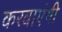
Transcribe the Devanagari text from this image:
करवाएंगी